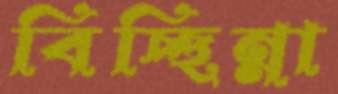
বিচ্ছিন্না